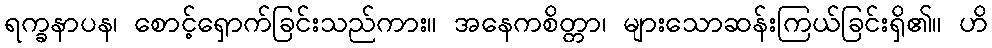
ရက္ခနာပန၊ စောင့်ရှောက်ခြင်းသည်ကား။ အနေကစိတ္တာ၊ များသောဆန်းကြယ်ခြင်းရှိ၏။ ဟိ